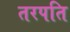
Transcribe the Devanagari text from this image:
तरपति